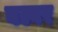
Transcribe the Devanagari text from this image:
बल्वर